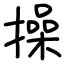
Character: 操